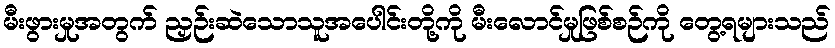
မီးဖွားမှုအတွက် ညှဉ်းဆဲသောသူအပေါင်းတို့ကို မီးလောင်မှုဖြစ်စဉ်ကို တွေ့ရများသည်